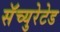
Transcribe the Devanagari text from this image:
सॅच्युरेटेड